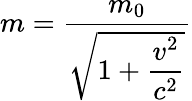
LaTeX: m={\frac{m_{0}}{\sqrt{1+\displaystyle{\frac{v^{2}}{c^{2}}}}}}